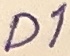
Text: D1